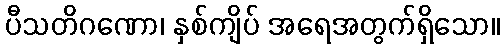
ပီသတိဂဏော၊ နှစ်ကျိပ် အရေအတွက်ရှိသော။